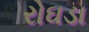
રોઘડા